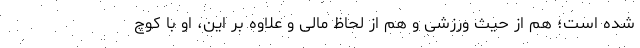
شده است؛ هم از حیث ورزشی و هم از لحاظ مالی و علاوه بر این، او با کوچ